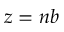
z = n b